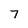
Character: 7